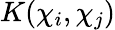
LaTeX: K(\mathbb{\chi}_{i},\mathbb{\chi}_{j})